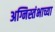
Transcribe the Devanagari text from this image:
अग्निस्तंभाच्या